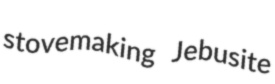
stovemaking Jebusite